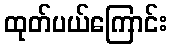
ထုတ်ပယ်ကြောင်း